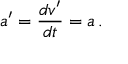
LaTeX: a ^ { \prime } = { \frac { d v ^ { \prime } } { d t } } = a \, .